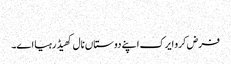
‏
فرض کرو ایرک اپنے دوستاں نال کھیڈ رہیا اے۔